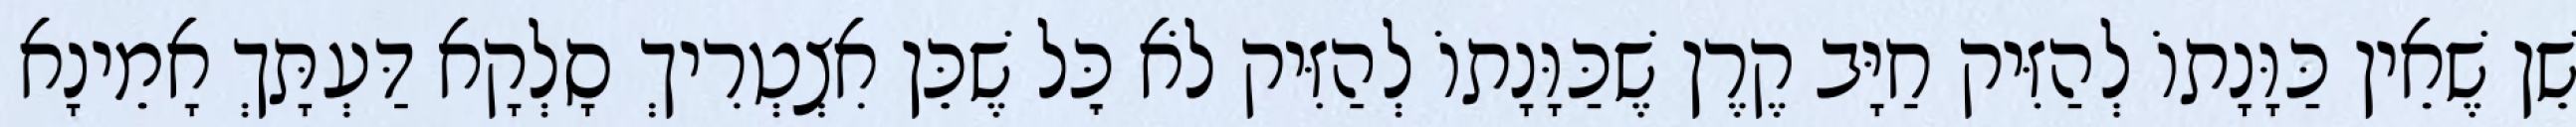
שֵׁן שֶׁאֵין כַּוָּנָתוֹ לְהַזִּיק חַיָּב קֶרֶן שֶׁכַּוָּנָתוֹ לְהַזִּיק לֹא כׇּל שֶׁכֵּן אִצְטְרִיךְ סָלְקָא דַּעְתָּךְ אָמֵינָא